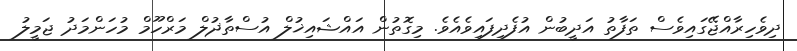
ދިވެހިރާއްޖޭގައިވެސް ތަފާތު އަދީބުން އުފެދިފައިވެއެވެ. މިގޮތުން އައްޝައިޚުލް އުސްތާޛުލް މަރްހޫމް މުހަންމަދު ޖަމީލު